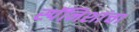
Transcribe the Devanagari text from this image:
स्पॅनिशांचा